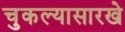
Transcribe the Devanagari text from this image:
चुकल्यासारखे